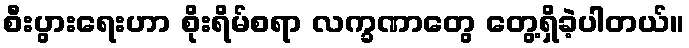
စီးပွားရေးဟာ စိုးရိမ်စရာ လက္ခဏာတွေ တွေ့ရှိခဲ့ပါတယ်။